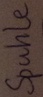
Text: Spule